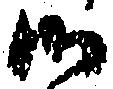
候